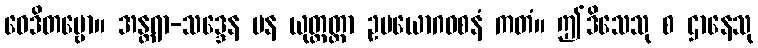
ဝေဒိတဗ္ဗော။ အန္တရာ-သဒ္ဒေန ပန ယုတ္တတ္တာ ဥပယောဂဝစနံ ကတံ။ ဤဒိသေသု စ ဌာနေသု